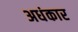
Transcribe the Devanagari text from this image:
अधंकार